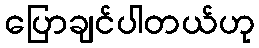
ပြောချင်ပါတယ်ဟု